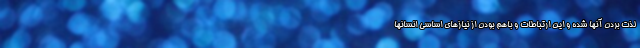
لذت بردن آنها شده و این ارتباطات و باهم بودن از نیازهای اساسی انسانها